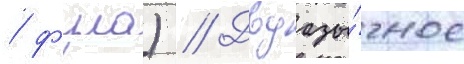
/ фула) // Двуазы́чное